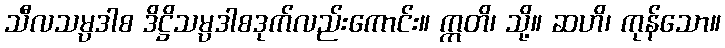
သီလသမ္ပဒါစ ဒိဋ္ဌိသမ္ပဒါစဒုက်လည်းကောင်း။ ဣတိ၊ သို့။ ဆဟိ၊ ကုန်သော။